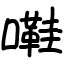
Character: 嚡